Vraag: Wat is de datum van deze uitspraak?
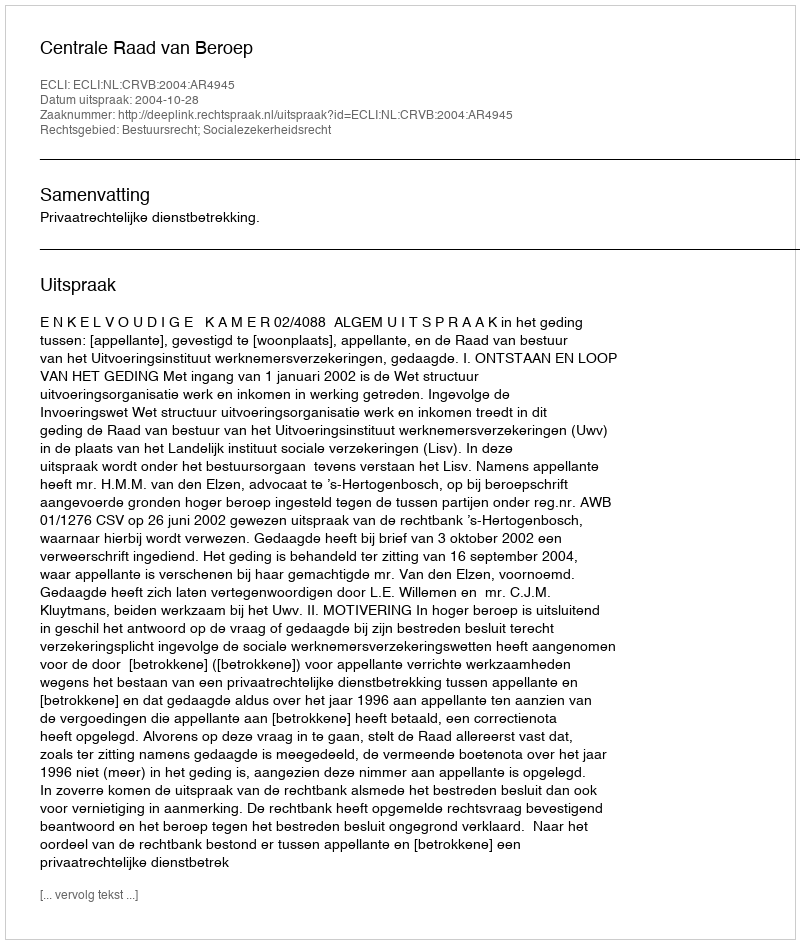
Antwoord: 2004-10-28